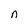
Character: n